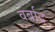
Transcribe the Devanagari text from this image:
वर्बाद